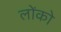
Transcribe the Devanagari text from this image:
लोंको